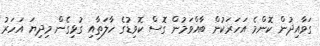
ގަވާއިދުން ކޮންމެ އަހަރަކުން ބާއްވަމުން ގޮސް ކޮވިޑުގެ ހާލަތާއި ގުޅިގެން މިދިޔަ އަހަރު